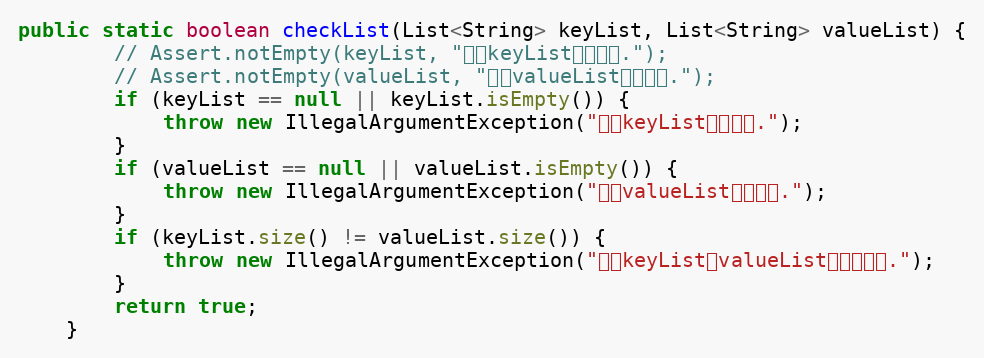
Language: Java
public static boolean checkList(List<String> keyList, List<String> valueList) {
		// Assert.notEmpty(keyList, "参数keyList不能为空.");
		// Assert.notEmpty(valueList, "参数valueList不能为空.");
		if (keyList == null || keyList.isEmpty()) {
			throw new IllegalArgumentException("参数keyList不能为空.");
		}
		if (valueList == null || valueList.isEmpty()) {
			throw new IllegalArgumentException("参数valueList不能为空.");
		}
		if (keyList.size() != valueList.size()) {
			throw new IllegalArgumentException("参数keyList和valueList长度不一致.");
		}
		return true;
	}